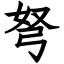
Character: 弩